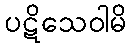
ပဋိသေဝါမိ